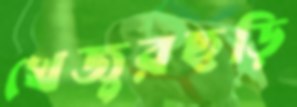
খেজুরছড়ি